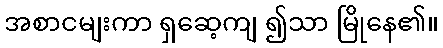
အစာငမျးကာ ရှဆေ့ကျ ၍သာ မြိုနေ၏။